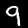
Label: 9